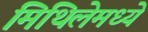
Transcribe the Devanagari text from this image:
मिथिलेमध्ये